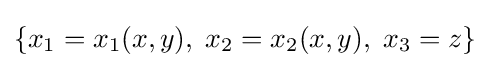
\left\{x_{1}=x_{1}(x,y),\;x_{2}=x_{2}(x,y),\;x_{3}=z\right\}